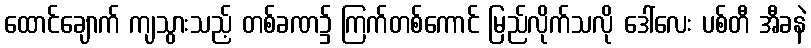
ထောင်ချောက် ကျသွားသည့် တစ်ခဏ၌ ကြက်တစ်ကောင် မြည်လိုက်သလို ဒေါ်လေး ပစ်တီ အီခနဲ